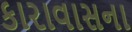
કારાવાસના